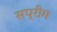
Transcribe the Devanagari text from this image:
सप्रीम